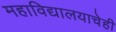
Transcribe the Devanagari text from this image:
महाविद्यालयाचेही